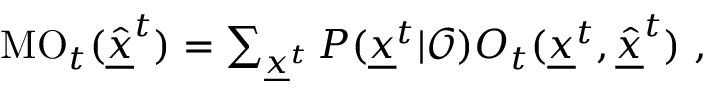
\begin{array} { r } { \mathrm { M O } _ { t } ( \underline { { \hat { x } } } ^ { t } ) = \sum _ { \underline { { x } } ^ { t } } P ( \underline { { x } } ^ { t } | \mathcal { O } ) O _ { t } ( \underline { { x } } ^ { t } , \underline { { \hat { x } } } ^ { t } ) \ , } \end{array}